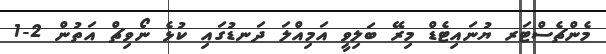
މެންޗެސްޓަރ ޔުނައިޓެޑް މިރޭ ބަލިވީ އަމިއްލަ ދަނޑުގައި ކުޅެ ނޯވިޗް އަތުން 2-1